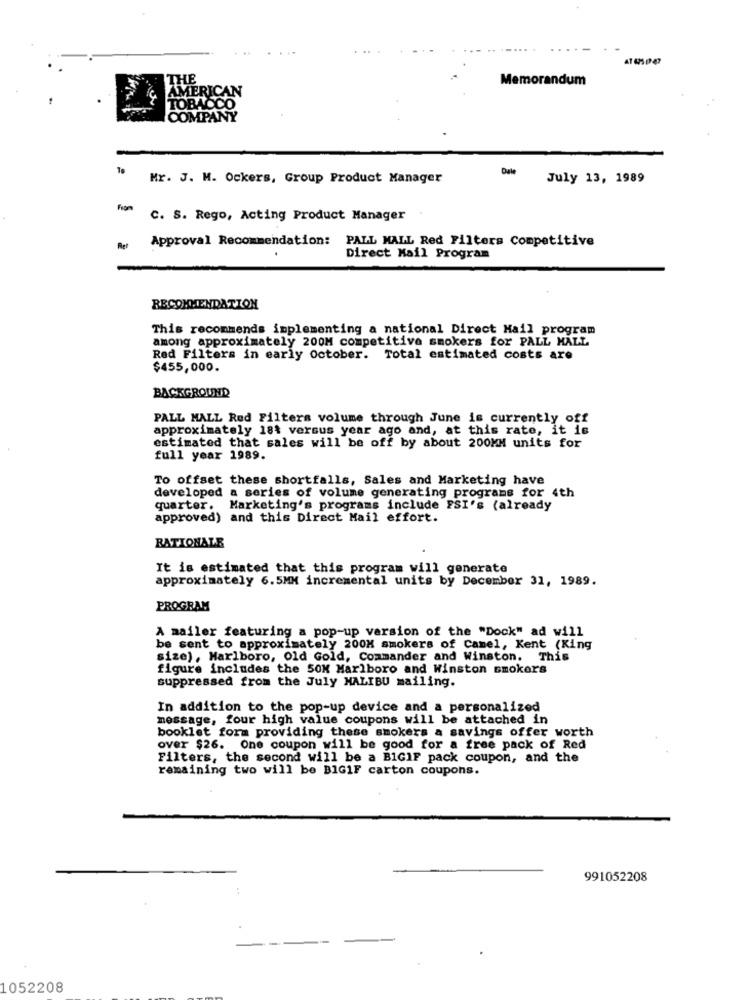
Memorandum
MERICAN
TOBACCO
OMPANY
Dale
Mr. J. M. Ockers, Group Product Manager
July 13, 1989
From
C. S. Rego, Acting Product Manager .
Approval Recommendation: PALL MALL Red Filters Competitive
Ret
Direct Mail Program
RECOMMENDATION
This recommends implementing a national Direct Mail program
among approximately 200M competitive smokers for PALL MALL
Red Filters in early October. Total estimated costs are
$455,000.
BACKGROUND
PALL MALL Red Filters volume through June is currently off
approximately 181 versus year ago and, at this rate, it is
estimated that sales will be off by about 200MM units for
full year 1989.
To offset these shortfalls, Sales and Marketing have
developed a series of volume generating programs for 4th
quarter.
Marketing's programs include FSI's (already
approved) and this Direct Mail effort.
RATIONALE
It is estimated that this program will generate
approximately 6.5MM incremental units by December 31, 1989.
PROGRAM
A mailer featuring a pop-up version of the "Dock" ad will
be sent to approximately 200M smokers of Camel, Kent (King
size), Marlboro, Old Gold, Commander and Winston. This
figure includes the SOK Marlboro and Winston smokers
suppressed from the July MALIBU mailing.
In addition to the pop-up device and a personalized
message, four high value coupons will be attached in
booklet form providing these smokers a savings offer worth
over $26. One coupon will be good for a free pack of Red
Filters, the second will be a BIGIF pack coupon, and the
remaining two will be BIGIF carton coupons.
991052208
1052208